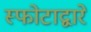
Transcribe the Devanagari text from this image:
स्फोटाद्वारे